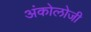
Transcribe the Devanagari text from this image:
अंकोलोजी